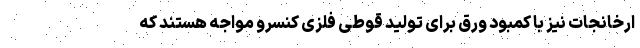
ارخانجات نیز با کمبود ورق برای تولید قوطی فلزی کنسرو مواجه هستند که